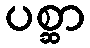
ပစ္ဆာ